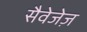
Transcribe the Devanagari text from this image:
सैवेजेज़